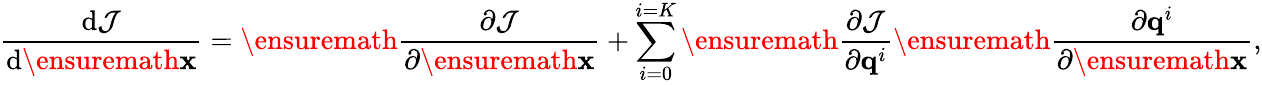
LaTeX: \frac{\mathrm{d}\mathcal{J}}{\mathrm{d}\ensuremath{\mathbf{x}}}=\ensuremath{\frac{\partial\mathcal{J}}{\partial\ensuremath{\mathbf{x}}}}+\sum_{i=0}^{i=K}\ensuremath{\frac{\partial\mathcal{J}}{\partial\mathbf{q}^{i}}}\ensuremath{\frac{\partial\mathbf{q}^{i}}{\partial\ensuremath{\mathbf{x}}}},